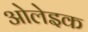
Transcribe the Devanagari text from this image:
ओलेइक